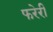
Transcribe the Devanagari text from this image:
फरेरी